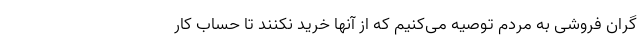
گران فروشی به مردم توصیه می‌کنیم که از آنها خرید نکنند تا حساب کار